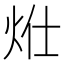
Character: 𤇧